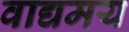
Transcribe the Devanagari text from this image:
वाद्यमय